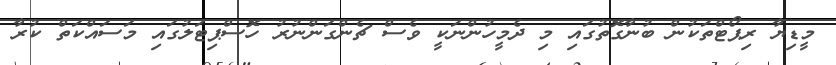
މީޑިޔާ ރިޕޯޓްތަކުން ބުނާގޮތުގައި މި ދެމީހުންނަކީ ވެސް ޗެންގަންނުރު ހޮސްޕިޓަލުގައި މަސައްކަތް ކުރާ